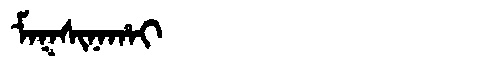
Manchu: ᠮᠠᡴᠰᡳᠨᠠᡥᠠᡳ
Romanization: MAKSINAHAI